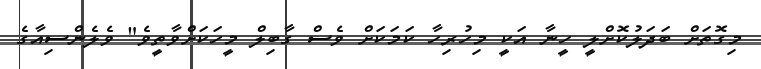
މިގޮތަށް ބަދަލުކޮށްލީ ހީނާ އަކީ މިހުރިހާ ކަމަކަށް ވެސް ގާބިލް މީހަކަށްވާތީވެ" ވެލެންސިއާގެ